Report of the Imperial Institute of Veterinary Research, Muktesar
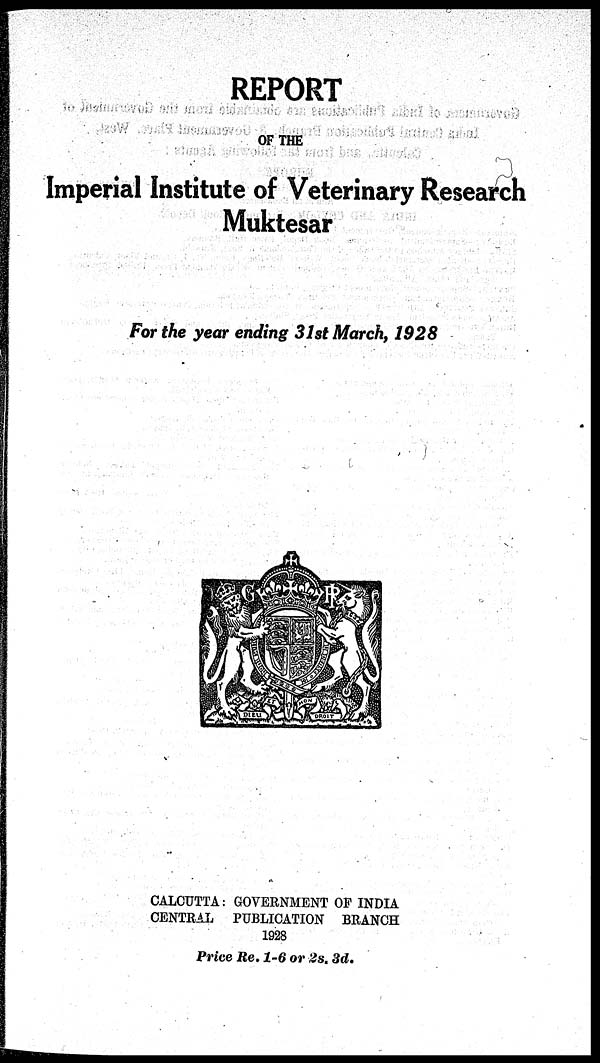
REPORT
OF THE
Imperial Institute of Veterinary Research
Muktesar
For the year ending 31 st March, 1928
CALCUTTA : GOVERNMENT OF INDIA
CENTRAL PUBLICATION BRANCH
1928
Price Re. 1-6 or 2s. 3d.